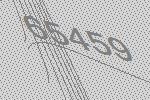
65459